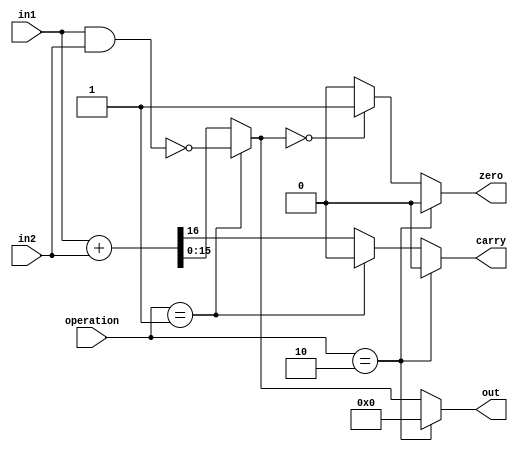
/* operation = 00 alu adds, 01 - alu nand, 10- disabled-  no operation */
//zero_write_en - enable signal for zero flag
//carry_write_en - enable for carry flag
//zero and carry  -- ouputs

module ALU (in1, in2, operation, out, zero, carry);
	
	output reg [15:0] out;
	output reg zero, carry;
	
	input  [15:0] in1, in2;
	input [1:0] operation;
	
	wire   [15:0]  outNand;
	wire [16:0] outAdd;
	
	
	initial begin 
	  zero = 0;
	  carry = 0;
	  out = 16'b0;
	end
	
	assign outNand = ~(in1 & in2);
	
	assign outAdd = {1'b0,in1} + {1'b0, in2};
	
	always @(*) begin
	 if(operation == 2'b10) begin 
        carry = 0;
		zero = 0;
		out = 16'd0;
	 end
	 else begin	
	   carry = (operation == 2'b01) ? 1'b0 : outAdd[16];
	   out = (operation == 2'b01) ? outNand : outAdd[15:0];
	   zero = (out == 16'b0) ? 1'b1 : 1'b0; 	   
	  end 
	end
	
	/* always @(*) begin 
	   zero = (out == 16'b0) ? 1'b1 : 1'b0; 	   
	end */
	
	
endmodule